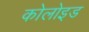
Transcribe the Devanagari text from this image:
कोलोइड